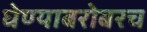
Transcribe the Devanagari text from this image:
घेण्याबरोबरच